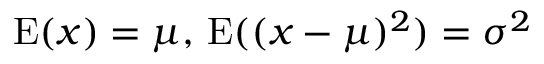
\operatorname { E } ( x ) = \mu , \, \operatorname { E } ( ( x - \mu ) ^ { 2 } ) = \sigma ^ { 2 }